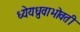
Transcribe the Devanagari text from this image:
ध्येयध्रुवाभोवती